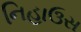
નિહાઉસ